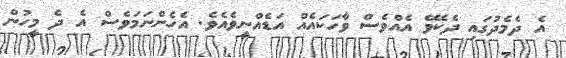
އެ ދެމެދުގައި ދެކެވޭ އެއްވެސް ވާހަކައެއް އަޑެއްނީވެއެވެ. އެހެންނަމަވެސް އެ ދެ މީހުން